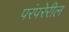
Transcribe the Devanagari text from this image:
परंपरेरील